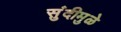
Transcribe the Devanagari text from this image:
सुंदीमुळे